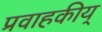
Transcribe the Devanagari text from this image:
प्रवाहकीय्